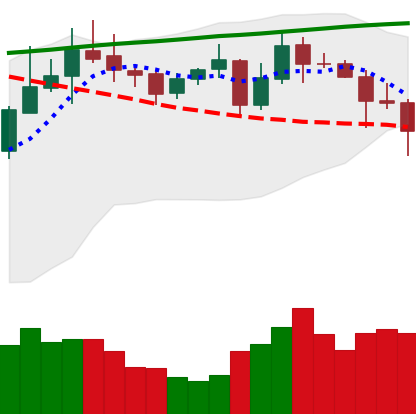
Ticker: ADA-USD
Chart end date: 2020-10-28
Forward return: -6.905%
Label: down_5_7